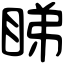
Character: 睇